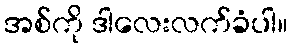
အစ်ကို ဒါလေးလက်ခံပါ။